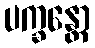
ပက္ခန္တော